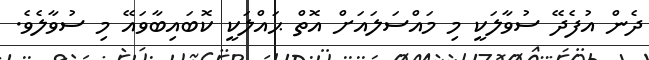
ދެން އުފެދޭ ސުވާލަކީ މި މައްސަލައަށް އޮތް ޙައްލަކީ ކޮބައިބާވައޭ މި ސުވާލެވެ.